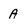
Character: A